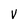
Character: V